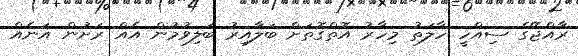
ރާއްޖޭގެ ސިއްހީ ހާލަތު މިހާރު އޮތްގޮތަށް ބަލާއިރު ބަލިވުމުން އެއް ރަށުން އަނެއް